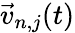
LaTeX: \vec{v}_{n,j}(t)